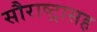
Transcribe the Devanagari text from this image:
सौराष्ट्रासह